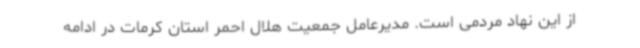
از این نهاد مردمی است. مدیرعامل جمعیت هلال احمر استان کرمات در ادامه